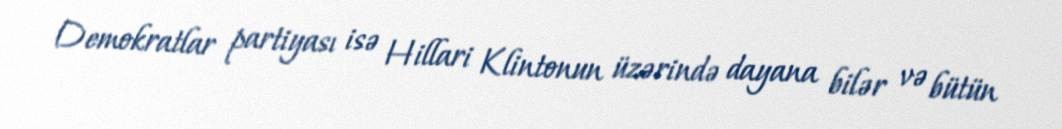
Demokratlar partiyası isə Hillari Klintonun üzərində dayana bilər və bütün